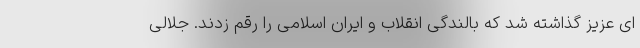
ای عزیز گذاشته شد که بالندگی انقلاب و ایران اسلامی را رقم زدند. جلالی